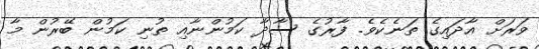
ވަރަށް އާދައިގެ ތަނެކެވެ. ފާރުގެ ސާދާ ކަމުންނާއި ތުނި ކަމުން ބޭރުން މާ